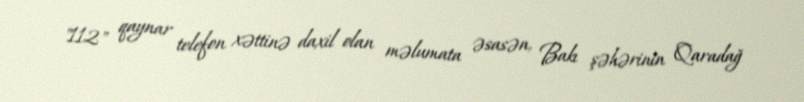
"112" qaynar telefon xəttinə daxil olan məlumata əsasən, Bakı şəhərinin Qaradağ